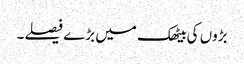
بڑوں کی بیٹھک میں بڑے فیصلے۔